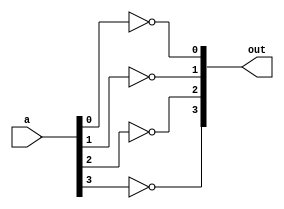

`timescale 1ns / 1ps

module four_not_a(a, out);

input [3:0]a;
output [3:0]out;

not  zero(out[0], a[0]);
not one(out[1], a[1]);
not two(out[2], a[2]);
not three(out[3], a[3]);

endmodule
// When 0000 and 0000 at end, get 1111. Why?